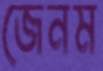
জেনম